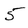
Character: 5